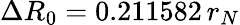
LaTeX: \Delta R_{0}=0.211582\, r_{N}